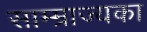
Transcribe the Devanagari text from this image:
साम्म्राज्यका